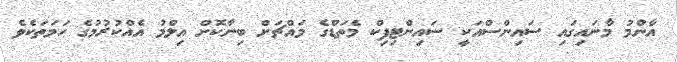
އާންމު މާނައިގައި ސައިންސްއަކީ ސައިންޓިފިކް މެތަޑްގެ މައްޗަށް ބިނާކޮށް އިލްމު އެއްކުރުމުގެ ހަމަތަކެވެ